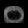
Digit: ၀